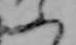
ふ